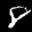
Label: 8